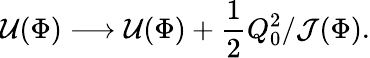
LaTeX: {\cal U}(\Phi)\longrightarrow{\cal U}(\Phi)+{\frac{1}{2}}Q_{0}^{2}/{\cal J}(\Phi).